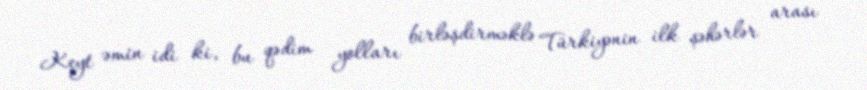
Keyt əmin idi ki, bu qədim yolları birləşdirməklə Türkiyənin ilk şəhərlər arası